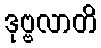
ဒုဗ္ဗလာတိ